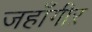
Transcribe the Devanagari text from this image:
जहाँगीऱ